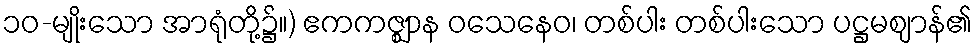
၁၀-မျိုးသော အာရုံတို့၌။) ဧကကဇ္ဈာန ဝသေနေဝ၊ တစ်ပါး တစ်ပါးသော ပဋ္ဌမဈာန်၏